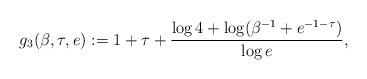
LaTeX: \begin{align*} g_3(\beta, \tau, e) :=1+\tau + \frac{\log 4+ \log (\beta^{-1}+ e^{-1-\tau})}{\log e},\end{align*}